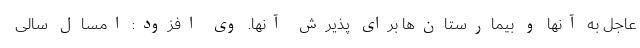
عاجل به آنها و بیمارستان‌ها برای پذیرش آنها. وی افزود: امسال سالی